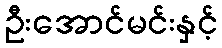
ဦးအောင်မင်းနှင့်